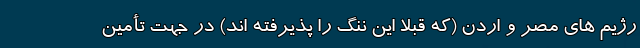
رژیم های مصر و اردن (که قبلا این ننگ را پذیرفته اند) در جهت تأمین